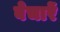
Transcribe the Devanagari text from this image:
बेचारें